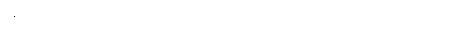
မရဘူးတဲ့၊ ခွဲလိုက်ရင် ရုပ်ကို မဟုတ်တော့ဘူး၊ တစ်ခုစီ ခွဲထားလိုက်လို့ ရှိရင် ရုပ်လို့